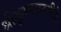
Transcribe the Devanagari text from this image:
श्रीकृष्णाष्टमीके